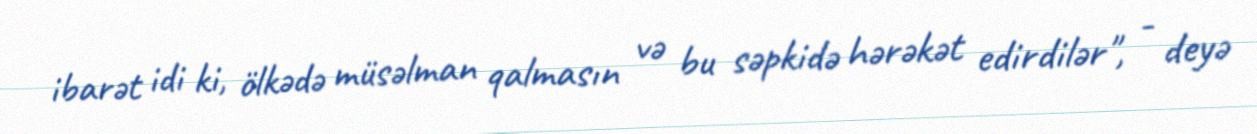
ibarət idi ki, ölkədə müsəlman qalmasın və bu səpkidə hərəkət edirdilər", - deyə